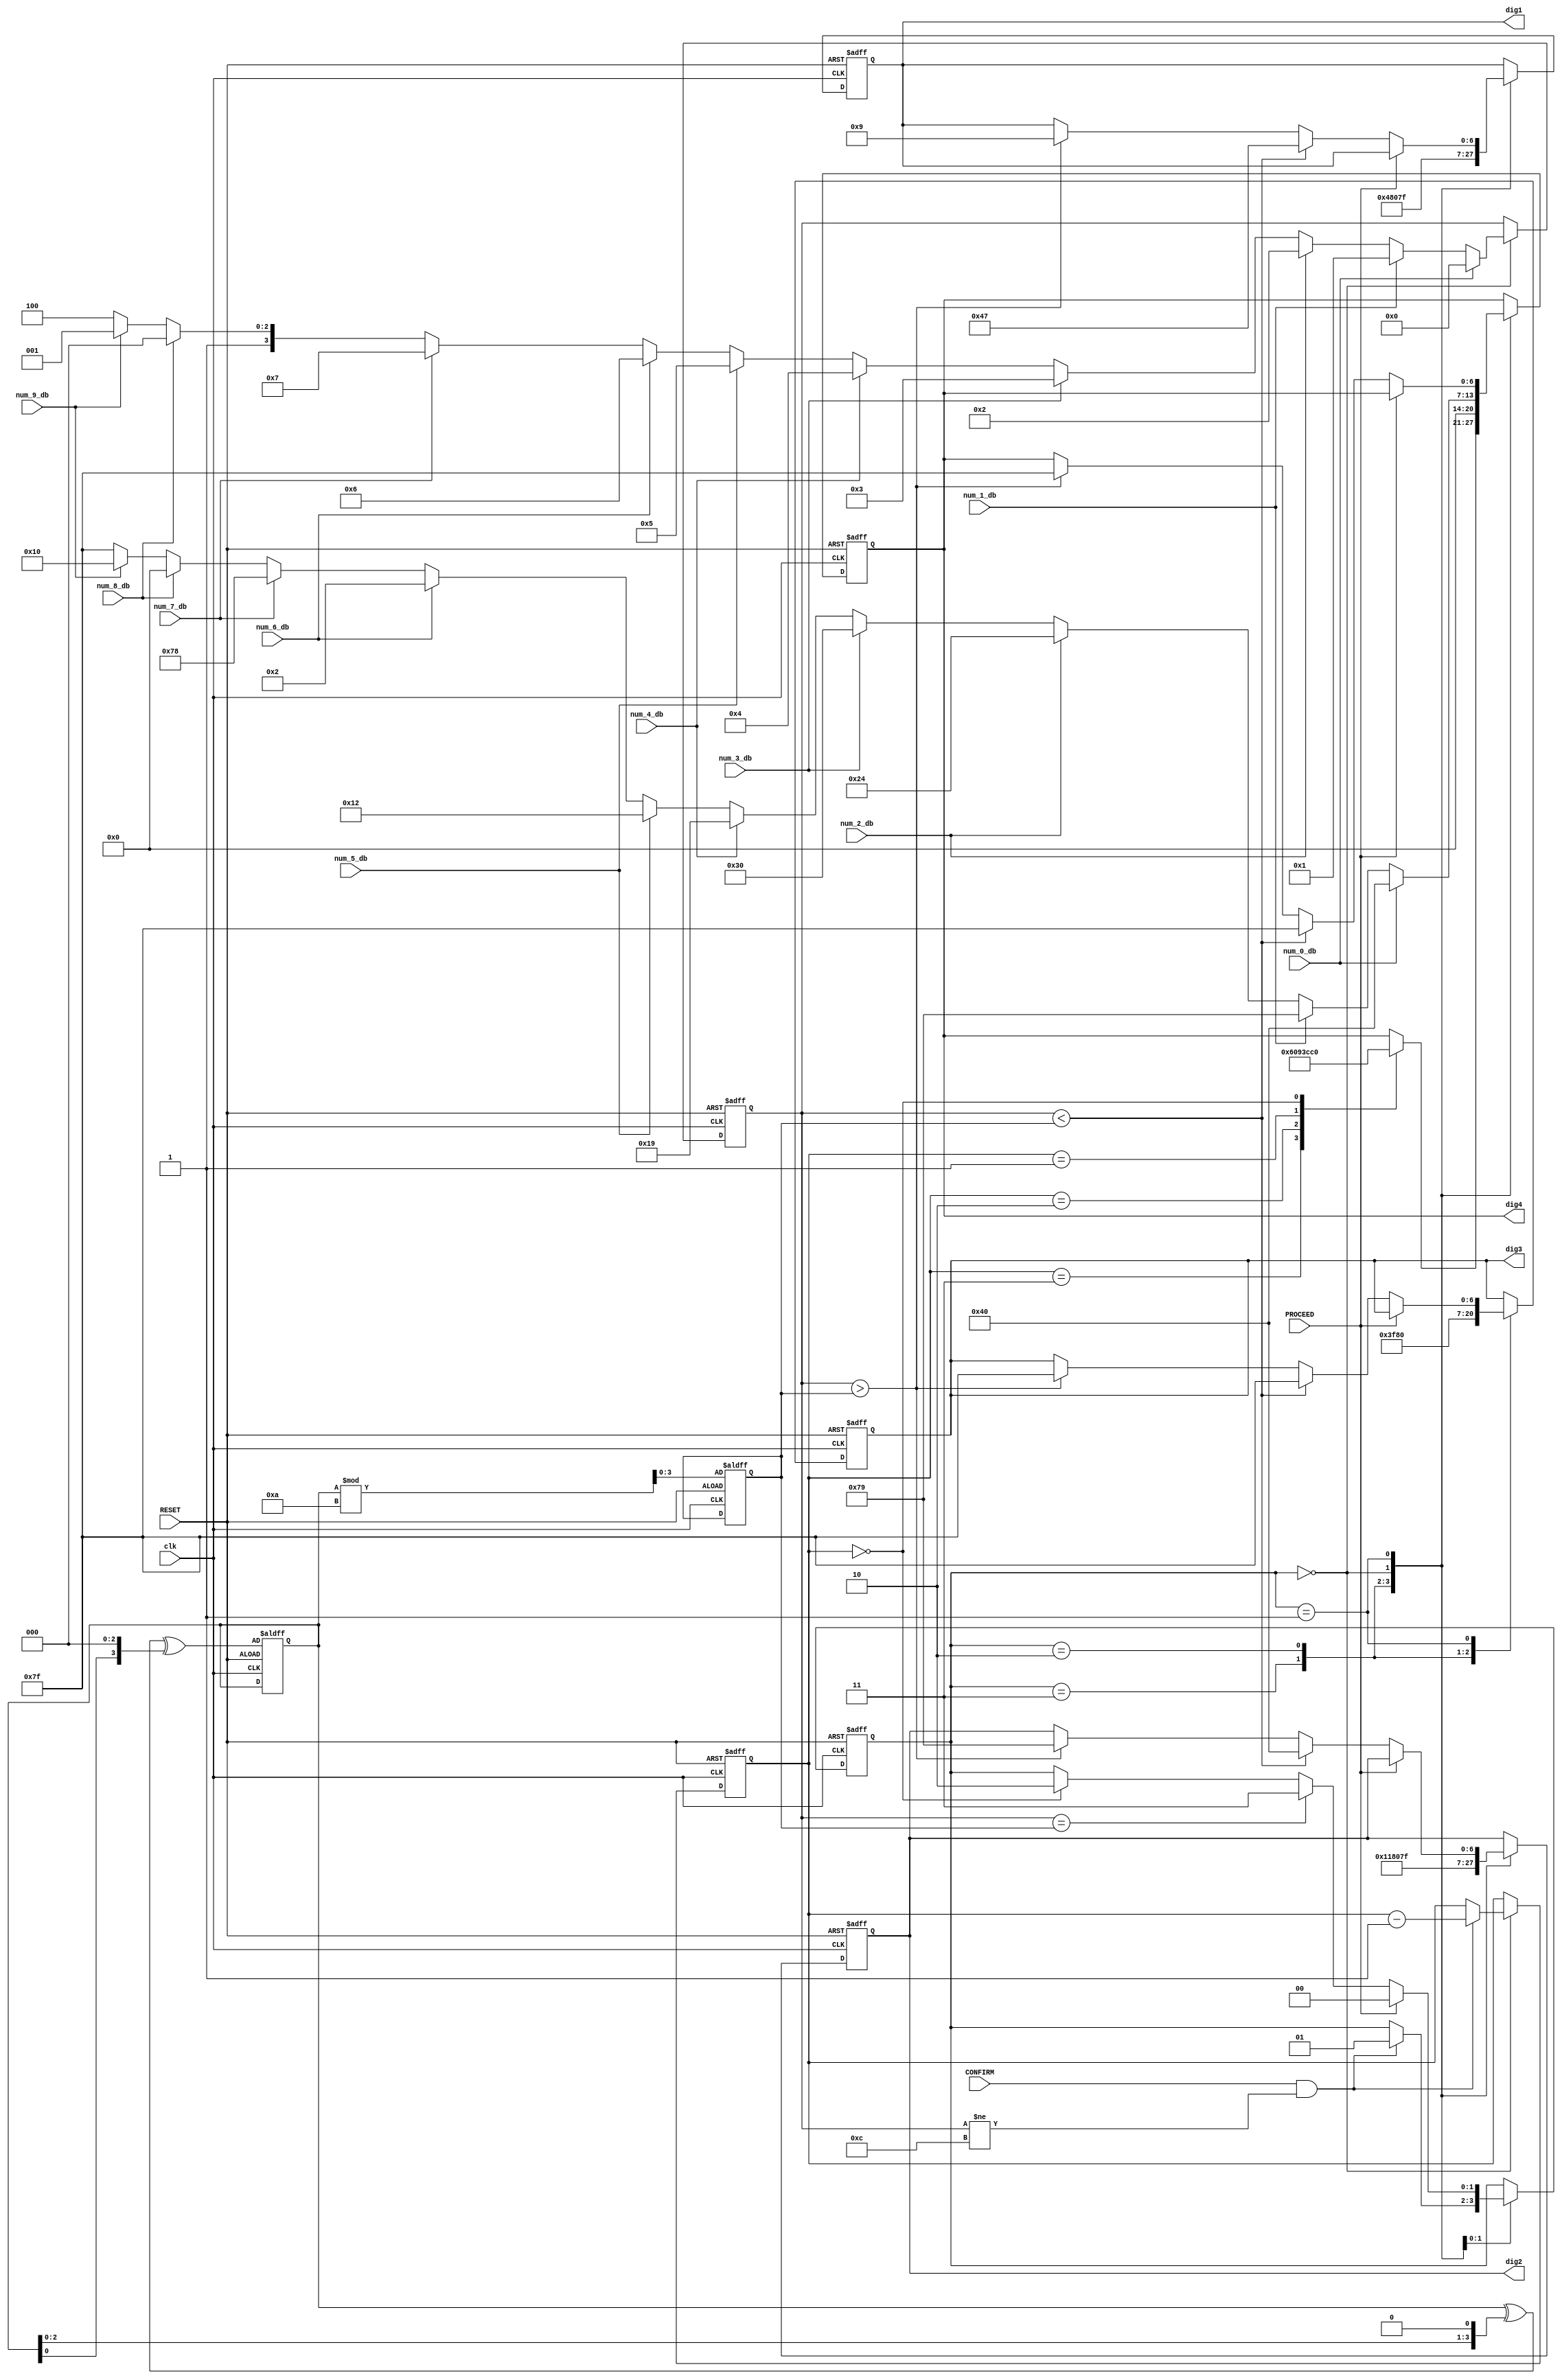
module control(
    clk,
    RESET,
    PROCEED,
    CONFIRM,
    num_0_db,
    num_1_db,
    num_2_db,
    num_3_db,
    num_4_db,
    num_5_db,
    num_6_db,
    num_7_db,
    num_8_db,
    num_9_db,
    dig1,
    dig2,
    dig3,
    dig4
);

//Input Clock
input clk;

//Input Buttons
input PROCEED;
input RESET;
input CONFIRM;

//Input Switches
input num_0_db;
input num_1_db;
input num_2_db;
input num_3_db;
input num_4_db;
input num_5_db;
input num_6_db;
input num_7_db;
input num_8_db;
input num_9_db;

//Output Seven-seg Encodings
output wire [6:0] dig1;
output wire [6:0] dig2;
output wire [6:0] dig3;
output wire [6:0] dig4;

//Internal Seven-seg Registers
reg [6:0] dig1_reg;
reg [6:0] dig2_reg;
reg [6:0] dig3_reg;
reg [6:0] dig4_reg;


reg [3:0] lfsr_state = 4'b1101;

//Register to store the secret
reg [3:0] secret_reg;

//Register to store the guess made by players
reg [3:0] guess; 


//Rigister to store the number of tries made:
    /*
        numTry starts with the value of 4. 
        Each wrong guess reduces it by 1. When it becomes 0 without a correct guess, the player fails.
        If a correct guess is made, the player wins with a score of numTry (it can be 0,1,2,3).
    */
reg [2:0] numTry;

// Define states
localparam IDLE = 2'b00;
localparam CONFIRM_PRESSED = 2'b01;
// localparam PROCEED_PRESSED = 3'b010;
localparam FAIL = 2'b10;
localparam SUCCESS = 2'b11;        
reg [1:0] state;



always @ (posedge clk or posedge RESET) begin
    if (RESET) begin
        //RESET's checking precedes all others'.
        dig1_reg <= 7'b1111111;
        dig2_reg <= 7'b1111111;
        dig3_reg <= 7'b1111111;
        dig4_reg <= 7'b1111111;
        state <= IDLE;
        numTry <= 4;
        lfsr_state <= lfsr_state ^ (lfsr_state << 1) ^(lfsr_state << 3);
        secret_reg <= lfsr_state % 10;
        guess <= 12; //Use 12 to indicate that no guess has been made yet.
    end
    else begin
        case (state)
            SUCCESS: 
                begin 
                    // Show SUCCESS INFO
                    // Don't transition to any other state. Only reset will transition out SUCCESS state to IDLE.        
                    dig1_reg <= 7'b0010010; // 'S'
                    dig2_reg <= 7'b1000110; //'C'
                    dig3_reg <= 7'b1111111;
                    case (numTry)
                            3:
                                dig4_reg <= 7'b0110000;
                            2:
                                dig4_reg <= 7'b0100100;
                            1:
                                dig4_reg <= 7'b1111001;
                            0:                
                                dig4_reg <= 7'b1000000;    
                    endcase
                end
            FAIL:
                begin
                    // Show Fail INFO
                    // Don't transition to any other state. Only reset will transition out FAIL state to IDLE.   
                    dig1_reg <= 7'b0000000;
                    dig2_reg <= 7'b0000000;
                    dig3_reg <= 7'b0000000;
                    dig4_reg <= 7'b0000000;
                    //TODO: Make the FAIL display more informative
                 end
            IDLE:
                begin
                    if(CONFIRM && guess != 12) begin
                        //If a switch is toggled and the confirm button is pressed
                        numTry <= numTry - 1;
                        state <= CONFIRM_PRESSED; //Transition to CONFIRM_PRESSED state the next clock pulse
                    end

                    dig1_reg <= 7'b1111111;
                    dig2_reg <= 7'b1111111;
        
                    //Display and remember the user selected number
                    if (num_0_db == 1'b1) begin
                        dig4_reg <= 7'b1000000;
                        guess <= 0;
                    end
                    else if (num_1_db == 1'b1) begin 
                        dig4_reg <= 7'b1111001;
                        guess <= 1;
                    end 
                    else if (num_2_db == 1'b1) begin 
                        dig4_reg <= 7'b0100100;
                        guess <= 2;
                    end     
                    else if (num_3_db == 1'b1) begin 
                        dig4_reg <= 7'b0110000;
                        guess <= 3;
                    end 
                    else if (num_4_db == 1'b1) begin 
                        dig4_reg <= 7'b0011001;
                        guess <= 4;
                    end     
                    else if (num_5_db == 1'b1) begin 
                        dig4_reg <= 7'b0010010;
                        guess <= 5;
                    end     
                    else if (num_6_db == 1'b1) begin 
                        dig4_reg <= 7'b0000010;
                        guess <= 6;
                    end     
                    else if (num_7_db == 1'b1) begin 
                        dig4_reg <= 7'b1111000;
                        guess <= 7;
                    end 
                    else if (num_8_db == 1'b1) begin 
                        dig4_reg <= 7'b0000000;
                        guess <= 8;
                    end     
                    else if (num_9_db == 1'b1) begin 
                        dig4_reg <= 7'b0010000;
                        guess <= 9;
                    end 
                    else begin
                        dig4_reg <= 7'b1111111;
                        guess <= 12;
                    end 
                end

            CONFIRM_PRESSED:
                begin
                    if (guess == secret_reg) begin
                        state <= SUCCESS; //Transition to SUCCESS if it's a right guess.
                    end
                    else if (numTry == 0) begin
                        state <= FAIL; //Transition to FAIL if it's a wrong guess AND numTry is 0.
                    end
    
                    if(PROCEED) begin
                        state <= IDLE; //Transition to IDLE once the PROCEED button is pressed.
                    end
    
                    else if (guess < secret_reg) begin 
                        dig1_reg <= 7'b1000111; //'L'
                        dig2_reg <= 7'b1000000; // 'O'
                        dig3_reg <= 7'b1111111;
                        dig4_reg <= 7'b1111111;         
                    end
                    else if (guess > secret_reg) begin 
                        dig1_reg <= 7'b0001001; //'H'
                        dig2_reg <= 7'b1111001; // 'I'
                        dig3_reg <= 7'b1111111;
                        dig4_reg <= 7'b1111111;         
                    end
                 end
             endcase
        end                
    end


assign dig1 = dig1_reg;
assign dig2 = dig2_reg;
assign dig3 = dig3_reg;
assign dig4 = dig4_reg;


endmodule